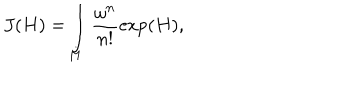
J ( H ) = \int _ { M } \frac { \omega ^ { n } } { n ! } \exp ( H ) ,